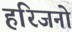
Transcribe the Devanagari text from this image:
हरिजनो